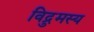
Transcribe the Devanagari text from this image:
विद्रुमस्य